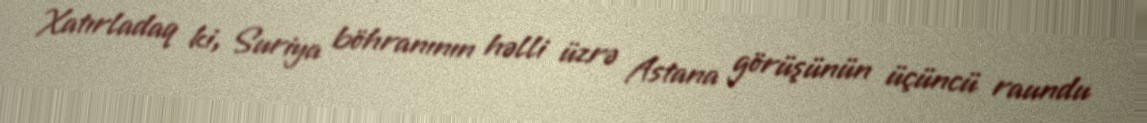
Xatırladaq ki, Suriya böhranının həlli üzrə Astana görüşünün üçüncü raundu